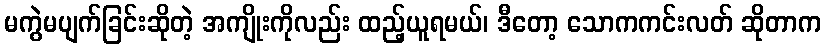
မကွဲမပျက်ခြင်းဆိုတဲ့ အကျိုးကိုလည်း ထည့်ယူရမယ်၊ ဒီတော့ သောကကင်းလတ် ဆိုတာက